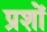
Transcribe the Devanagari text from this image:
प्रशों